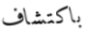
باكتشاف